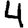
Digit: 4